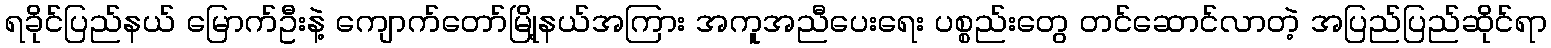
ရခိုင်ပြည်နယ် မြောက်ဦးနဲ့ ကျောက်တော်မြို့နယ်အကြား အကူအညီပေးရေး ပစ္စည်းတွေ တင်ဆောင်လာတဲ့ အပြည်ပြည်ဆိုင်ရာ